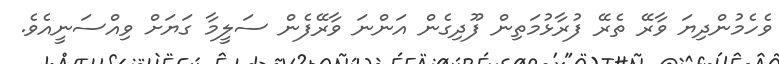
ވެހެމުންދިޔަ ވާރޭ ތެރޭ ފުރާޅުމަތިން ފޫދިގެން އަންނަ ވާރޭފެން ސަލީމާ ގަޔަށް ވިއްސަނީއެވެ.